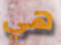
هي